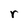
Character: r